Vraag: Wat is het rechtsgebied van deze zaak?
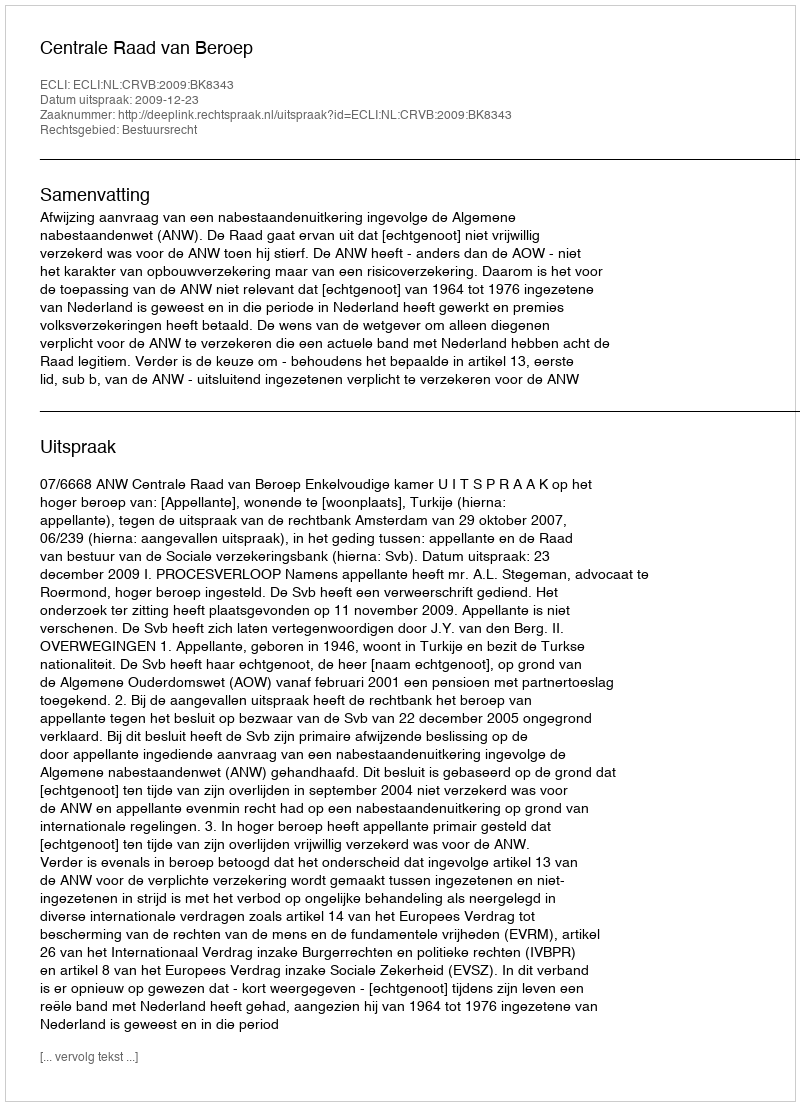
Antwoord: Bestuursrecht